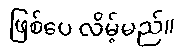
ဖြစ်ပေ လိမ့်မည်။